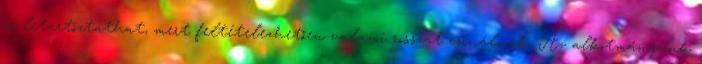
és letartóztathat, mert feltételezhetően valami rosszat csinálunk. Az alkotmányunk